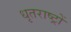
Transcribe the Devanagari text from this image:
धृतराष्ट्रों